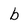
Character: b